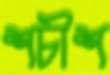
শচীশ